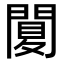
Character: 䦩